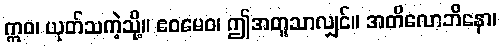
ဣဝ၊ ယုတ်သကဲ့သို့။ ဧဝမေဝ၊ ဤအတူသာလျှင်။ အတိလောဘိနော၊